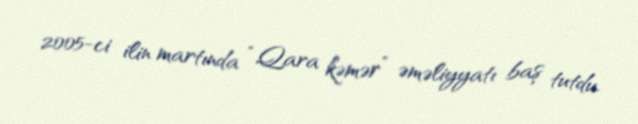
2005-ci ilin martında “Qara kəmər” əməliyyatı baş tutdu.